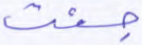
جئت